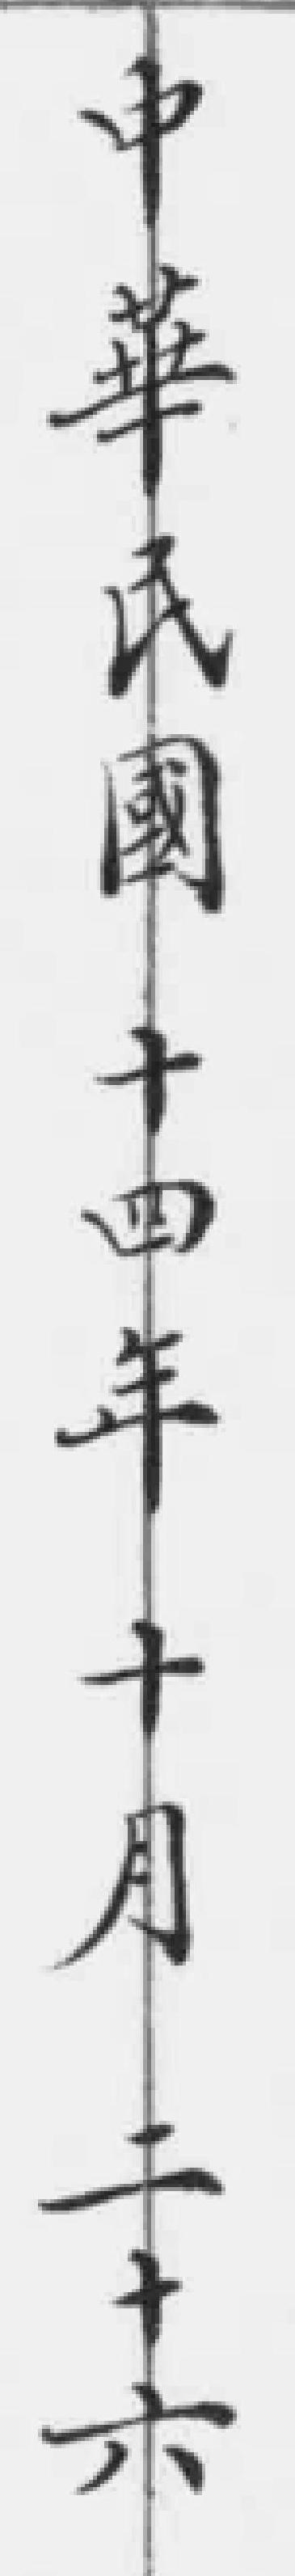
中華民國十四年十月二十六